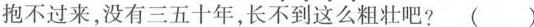
抱不过来，没有三五十年，长不到这么粗壮吧? ( )